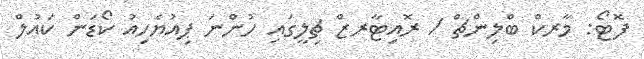
ފޮޓޯ: މާރކް ބްލިންޗް / ރޮއިޓާރޒް ޗިލީގައި ހުންނަ ޕިއުޔެހިއު ކޯޑަން ކައުލް